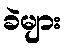
ခဲများ